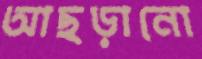
আছড়ানো